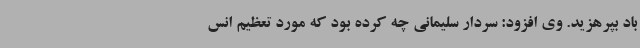
باد بپرهزید. وی افزود: سردار سلیمانی چه کرده بود که مورد تعظیم انس